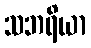
သဘရိယာ